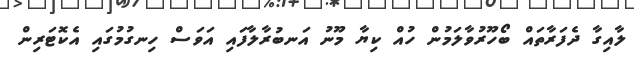
ލާއިގާ ދެފަރާތައް ބޯހޫރުވާލަމުން ހުއް ކިޔާ މޫނު އަނބުރާލާފައި އަވަސް ހިނގުމުގައި އެކޮޓަރިން